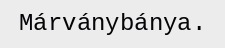
Márványbánya.